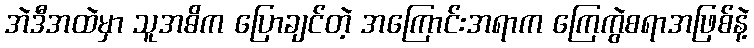
အဲဒီအထဲမှာ သူအဓိက ပြောချင်တဲ့ အကြောင်းအရာက ကြေကွဲစရာအဖြစ်နဲ့